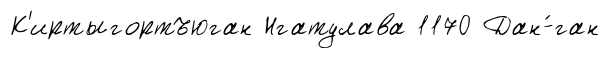
К'иртыгортъюган Нгатулава 1170 Дан-́ган